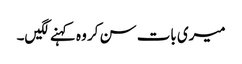
میری بات سن کر وہ کہنے لگیں۔